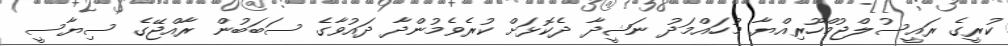
ކުރީގެ ރައީސުލްޖުމްހޫރިއްޔާ މުހައްމަދު ނަޝީދާ ދެކޮޅަށް ކުރެވެމުންދާ ދައުވާގެ ސަބަބުން ރާއްޖޭގެ ސިޔާސީ